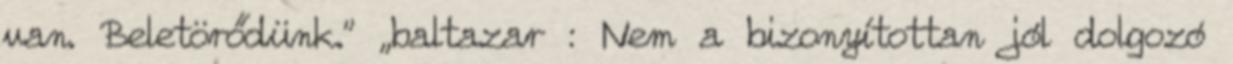
van. Beletörődünk.” „baltazar : Nem a bizonyítottan jól dolgozó